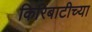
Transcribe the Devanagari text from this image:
किरिबाटीच्या